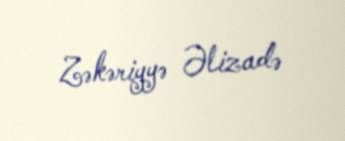
Zəkəriyyə Əlizadə